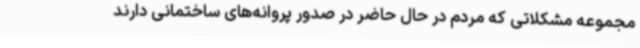
مجموعه مشکلاتی که مردم در حال حاضر در صدور پروانه‌های ساختمانی دارند